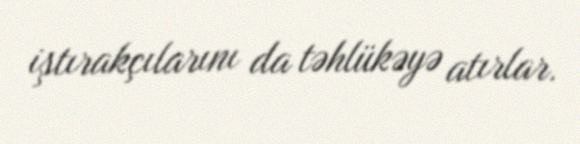
iştırakçılarını da təhlükəyə atırlar.